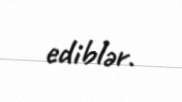
ediblər.